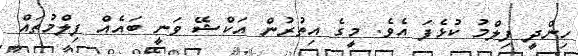
ހިންދީ ފިލްމު ކުޅެފަ އެވެ. މީގެ އިތުރުން އަކްޝޭ ވަނީ ބައެއް ފިލްމުތައް